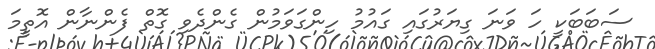
ސަބަބަކީ ހަ ވަނަ ގިޔަރުގައި ގައުމު ހިންގަވަމުން ގެންދެވި ގޮތް ފެންނާން އޮތީމަ